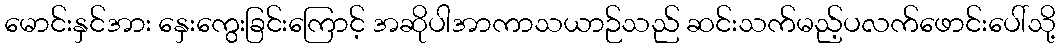
မောင်းနှင်အား နှေးကွေးခြင်းကြောင့် အဆိုပါအာကာသယာဉ်သည် ဆင်းသက်မည့်ပလက်ဖောင်းပေါ်သို့